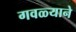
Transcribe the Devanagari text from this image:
गवळ्याने